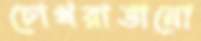
চোখরাঙানো